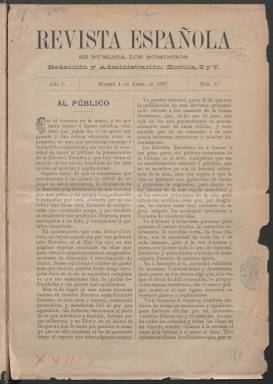
Título: Revista española (Madrid. 1897)
Ámbito geográfico: Madrid
Lugar de publicación: Madrid
Fechas: 04/04/1897-25/12/1897